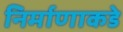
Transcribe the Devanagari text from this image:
निर्माणाकडे